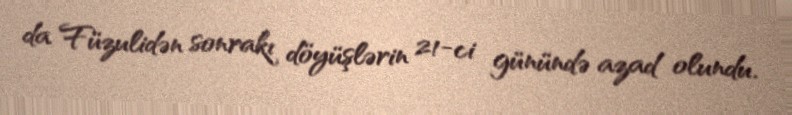
da Füzulidən sonrakı döyüşlərin 21-ci günündə azad olundu.